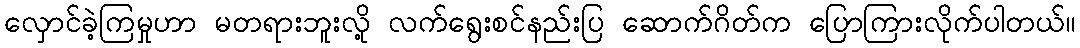
လှောင်ခဲ့ကြမှုဟာ မတရားဘူးလို့ လက်ရွေးစင်နည်းပြ ဆောက်ဂိတ်က ပြောကြားလိုက်ပါတယ်။